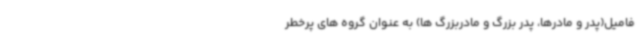
فامیل(پدر و مادرها، پدر بزرگ و مادربزرگ ها) به عنوان گروه های پرخطر